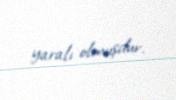
yaralı olmuşdur.